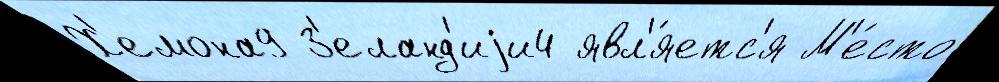
Х'емона9 З'еланд'иjи4 явл'я́етс'я М'е́сто